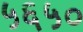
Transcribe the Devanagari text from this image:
५६५०